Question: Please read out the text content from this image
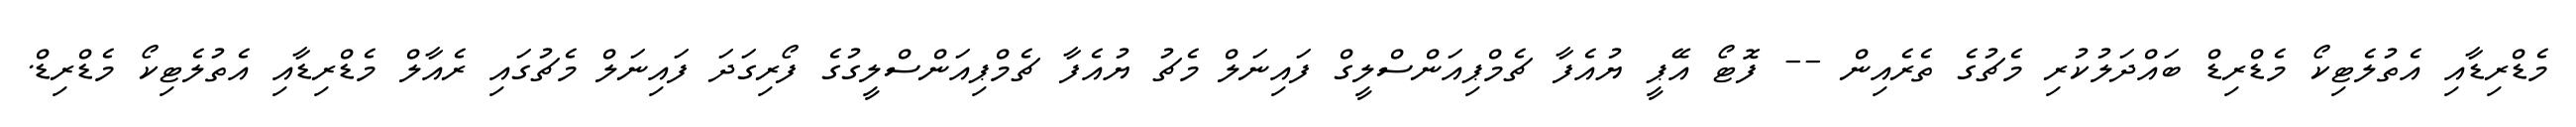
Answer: މެޑްރިޑާއި އެތުލެޓިކޯ މެޑްރިޑް ބައްދަލުކުރި މެޗުގެ ތެރެއިން -- ފޮޓޯ އޭޕީ ޔުއެފާ ޗެމްޕިއަންސްލީގް ފައިނަލް މެޗު ޔުއެފާ ޗެމްޕިއަންސްލީގުގެ ފޯރިގަދަ ފައިނަލް މެޗުގައި ރެއާލް މެޑްރިޑާއި އެތުލެޓިކޯ މެޑްރިޑް.